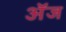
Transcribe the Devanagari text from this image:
अॅज